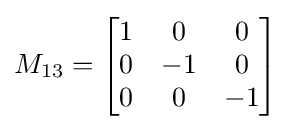
M_{13}={\begin{bmatrix}1&0&0\\0&-1&0\\0&0&-1\end{bmatrix}}